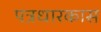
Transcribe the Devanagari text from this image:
पत्रधारकास